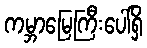
ကမ္ဘာမြေကြီးပေါ်ရှိ